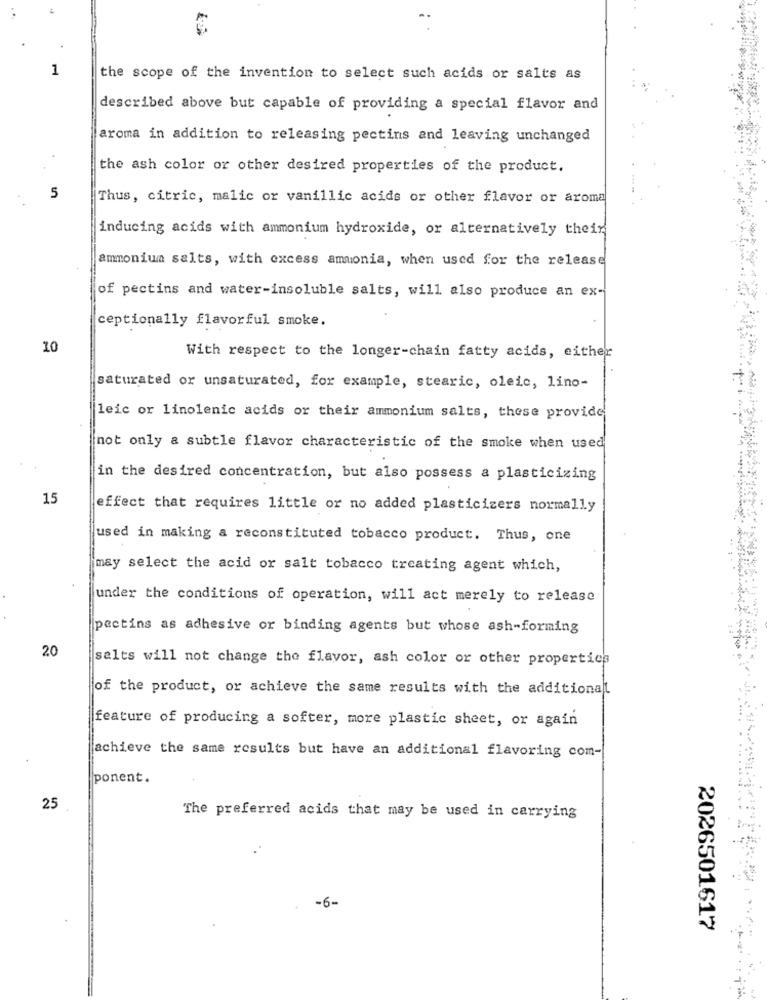
1
the scope of the invention to select such acids or salts as
described above but capable of providing a special flavor and
aroma in addition to releasing pectins and leaving unchanged
the ash color or other desired properties of the product.
5
Thus, citric, malic or vanillic acids or other flavor or aroma
inducing acids with ammonium hydroxide, or alternatively their
ammonium salts, with excess ammonia, when used for the release
of pectins and water-insoluble salts, will also produce an ex-
ceptionally flavorful smoke.
10
With respect to the longer-chain fatty acids, either
saturated or unsaturated, for example, stearic, oleic, lino-
leic or linolenic acids or their ammonium salts, these provide
not only a subtle flavor characteristic of the smoke when used
in the desired concentration, but also possess a plasticizing
15
effect that requires little or no added plasticizers normally
used in making a reconstituted tobacco product. Thus, one
may select the acid or salt tobacco treating agent which,
under the conditions of operation, will act merely to release
pectins as adhesive or binding agents but whose ash-forming
20
salts will not change the flavor, ash color or other properties
of the product, or achieve the same results with the additional
feature of producing a softer, more plastic sheet, or again
achieve the same results but have an additional flavoring com-
ponent.
25
The preferred acids that may be used in carrying
-6-
2026501617